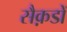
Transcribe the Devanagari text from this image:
सैक़डों